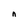
Character: n